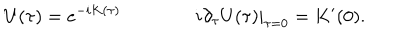
LaTeX: U ( \tau ) = e ^ { - i K ( \tau ) } \qquad \qquad \left. i \partial _ { \tau } U ( \tau ) \right| _ { \tau = 0 } = K ^ { \prime } ( 0 ) .